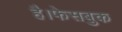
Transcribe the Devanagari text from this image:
है।फेसबुक